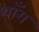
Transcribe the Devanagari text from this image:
थाँग